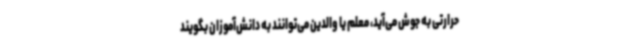
حرارتی به جوش می‌آید، معلم یا والدین می‌توانند به دانش‌آموزان بگویند